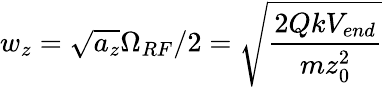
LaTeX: w_{z}=\sqrt{a_{z}}\Omega_{RF}/2=\sqrt{\frac{2QkV_{end}}{mz_{0}^{2}}}